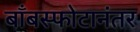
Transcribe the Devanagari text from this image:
बाँबस्फोटानंतर